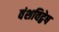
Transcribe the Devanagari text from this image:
वंशविद्वेष